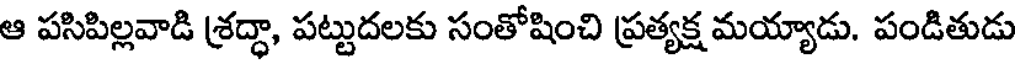
ఆ పసిపిల్లవాడి శ్రద్ధా, పట్టుదలకు సంతోషించి ప్రత్యక్ష మయ్యాడు. పండితుడు